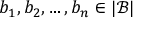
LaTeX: b _ { 1 } , b _ { 2 } , \dots , b _ { n } \in | { \mathcal { B } } |